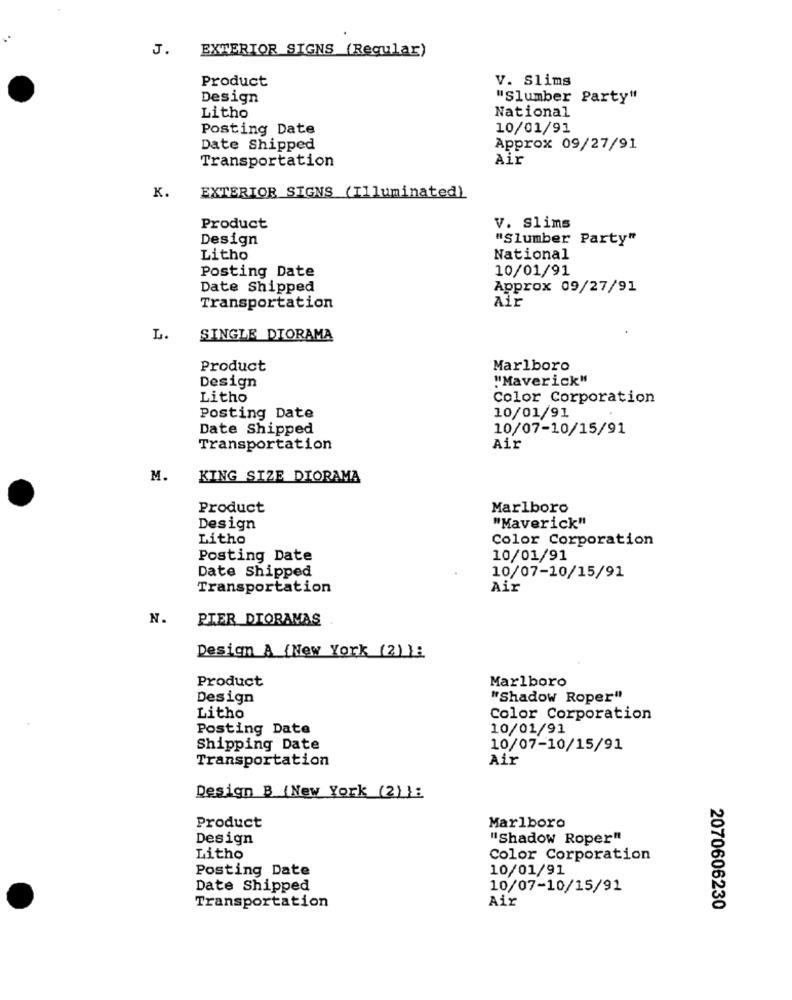
J.
EXTERIOR SIGNS (Regular)
Product
V. Slims
Design
"Slumber Party"
Litho
National
Posting Date
10/01/91
Date Shipped
Approx 09/27/91
Air
Transportation
K.
EXTERIOR SIGNS (Illuminated)
Product
v. slims
Design
"Slumber Party"
Litho
National
Posting Date
10/01/91
Date Shipped
Approx 09/27/91
Air
Transportation
L.
SINGLE DIORAMA
Product
Marlboro
Design
"Maverick"
Litho
Color Corporation
10/01/91
Posting Date
Date Shipped
10/07-10/15/91
Transportation
Air
M.
KING SIZE DIORAMA
Product
Marlboro
Design
"Maverick"
Litho
Color Corporation
Posting Date
10/01/91
Date Shipped
10/07-10/15/91
Transportation
Air
N.
PIER DIORAMAS
Design A {New York (2) 1:
Product
Marlboro
Design
"Shadow Roper"
Litho
Color Corporation
Posting Date
10/01/91
Shipping Date
10/07-10/15/91
Transportation
Air
Design B (New York (2) } :
Product
Marlboro
Design
"Shadow Roper"
Litho
Color Corporation
Posting Date
10/01/91
Date Shipped
10/07-10/15/91
Air
Transportation
2070606230